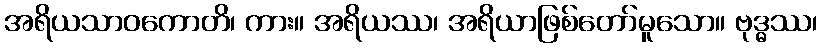
အရိယသာဝကောတိ၊ ကား။ အရိယဿ၊ အရိယာဖြစ်တော်မူသော။ ဗုဒ္ဓဿ၊